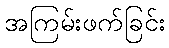
အကြမ်းဖက်ခြင်း